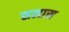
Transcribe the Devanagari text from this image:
सलास